Report on sanitation, dispensaries, and jails in Rajputana for 1920, and on vaccination for the year 1920-1921 - 1920-1921
Year: 1920
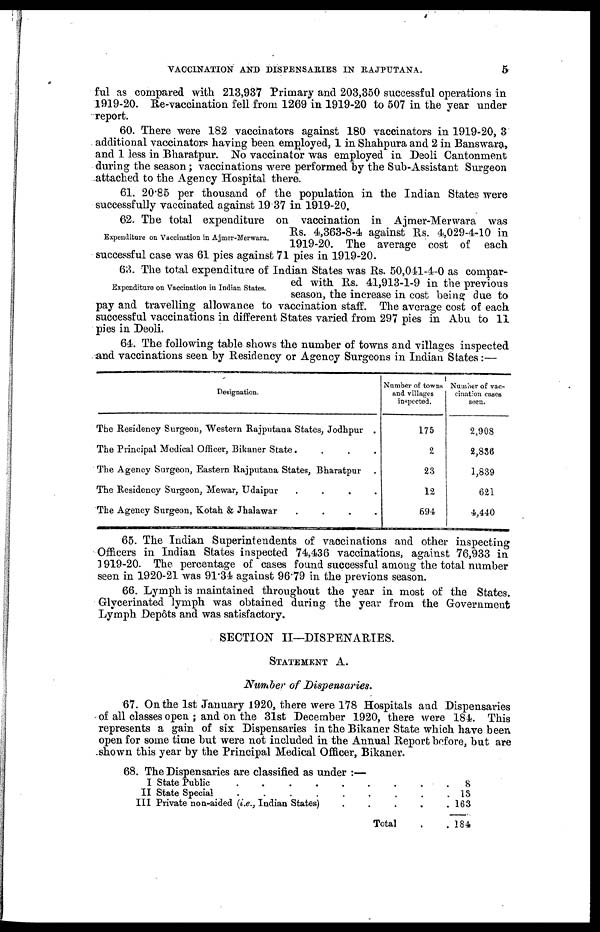
VACCINATION AND DISPENSARIES IN RAJPUTANA.
5
ful as compared with 213,937 Primary and 203,350 successful operations in
1919-20. Re-vaccination fell from 1269 in 1919-20 to 507 in the year under
report.
60. There were 182 vaccinators against 180 vaccinators in 1919-20, 3
additional vaccinators having been employed, 1 in Shahpura and 2 in Banswara,
and 1 less in Bharatpur. No vaccinator was employed in Deoli Cantonment
during the season; vaccinations were performed by the Sub-Assistant Surgeon
attached to the Agency Hospital there.
61. 20.85 per thousand of the population in the Indian States were
successfully vaccinated against 19 37 in 1919-20.
Expenditure on Vaccination in Ajmer-Merwara.
62. The total expenditure on vaccination in Ajmer-Merwara was
Rs. 4,363-8-4 against Rs. 4,029-4-10 in
1919-20. The average cost of each
successful case was 61 pies against 71 pies in 1919-20.
Expenditure on Vaccination in Indian States.
63. The total expenditure of Indian States was Rs. 50,041-4-0 as compar-
ed with Rs. 41,913-1-9 in the previous
season, the increase in cost being due to
pay and travelling allowance to vaccination staff. The average cost of each
successful vaccinations in different States varied from 297 pies in Abu to 11
pies in Deoli.
64. The following table shows the number of towns and villages inspected
and vaccinations seen by Residency or Agency Surgeons in Indian States:—
Designation.
The Residency Surgeon, Western Rajputana States, Jodhpur .
The Principal Medical Officer, Bikaner State. . . .
The Agency Surgeon, Eastern Rajputana States, Bharatpur .
The Residency Surgeon, Mewar, Udaipur . . . .
The Agency Surgeon, Kotah & Jhalawar
.
.
.
.
Number of towns
and villages
inspected.
175
2
23
12
694
Number of vac-
cination cases
seen.
2,908
2,836
1,839
621
4,440
65. The Indian Superintendents of vaccinations and other inspecting
Officers in Indian States inspected 74,436 vaccinations, against 76,933 in
1919-20. The percentage of cases found successful among the total number
seen in 1920-21 was 91.34 against 96.79 in the previons season.
66. Lymph is maintained throughout the year in most of the States.
Glycerinated lymph was obtained during the year from the Government
Lymph Depôts and was satisfactory.
SECTION II—DISPENARIES.
STATEMENT A.
Number of Dispensaries.
67. On the 1st January 1920, there were 178 Hospitals and Dispensaries
of all classes open ; and on the 31st December 1920, there were 184. This
represents a gain of six Dispensaries in the Bikaner State which have been
open for some time but were not included in the Annual Report before, but are
shown this year by the Principal Medical Officer, Bikaner.
68. The Dispensaries are classified as under :—
I State Public
.
.
.
.
.
.
II State Special
.
.
.
.
.
III Private non-aided (i.e., Indian States)
.
Total . .
8
13
163
184